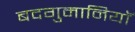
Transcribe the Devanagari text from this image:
बदगुमानियाॅ